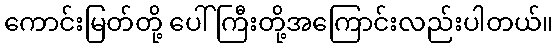
ကောင်းမြတ်တို့ ပေါ်ကြီးတို့အကြောင်းလည်းပါတယ်။